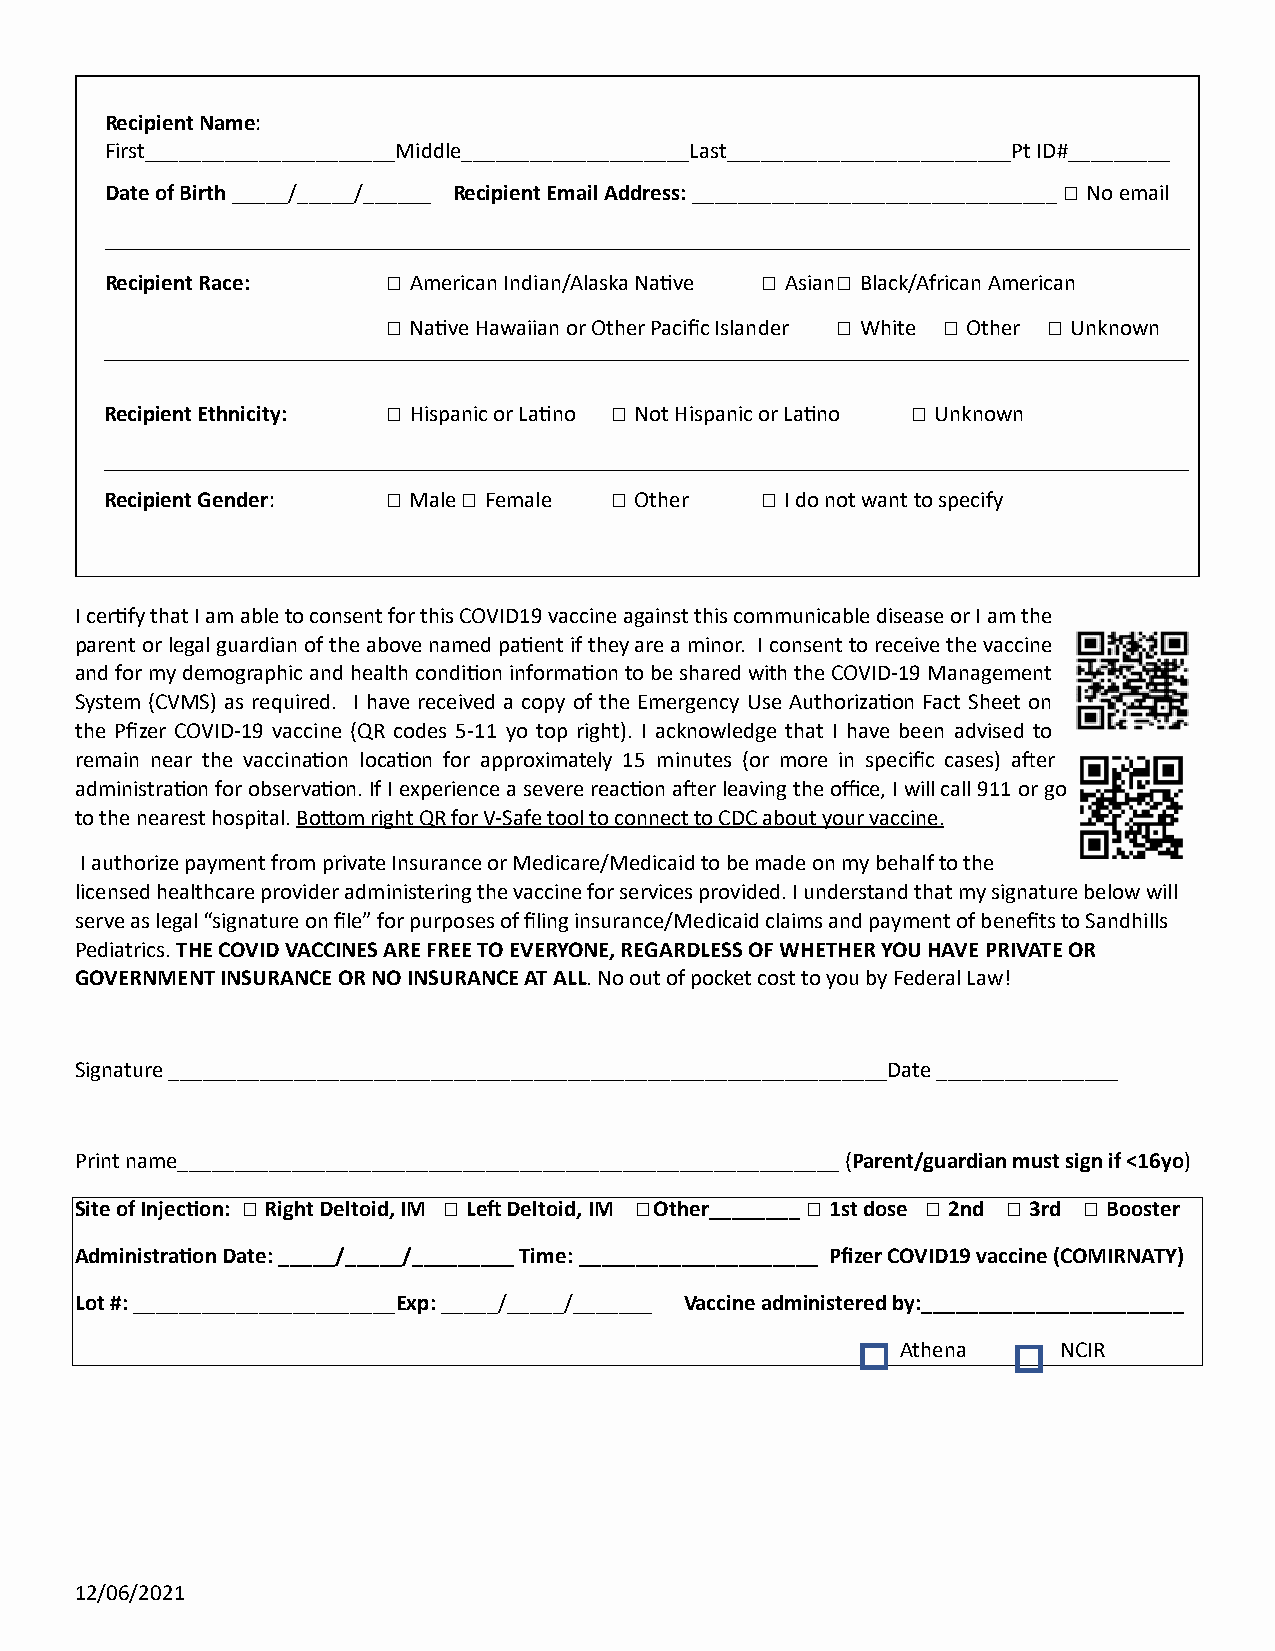
Recipient Name:
 First______________________Middle____________________Last_________________________Pt ID#_________
 Date of Birth _____/_____/______ Recipient Email Address: ________________________________ ☐ No email
 Recipient Race:    ☐ American Indian/Alaska Na&ve ☐ Asian ☐ Black/African American
 ☐ Na&ve Hawaiian or Other Pacific Islander ☐ White ☐ Other ☐ Unknown
 Recipient Ethnicity: ☐ Hispanic or La&no ☐ Not Hispanic or La&no ☐ Unknown
 Recipient Gender:  ☐ Male ☐ Female ☐ Other ☐ I do not want to specify
 I cer&fy that I am able to consent for this COVID19 vaccine against this communicable disease or I am the
 parent or legal guardian of the above named pa&ent if they are a minor. I consent to receive the vaccine
 and for my demographic and health condi&on informa&on to be shared with the COVID-19 Management
 System (CVMS) as required. I have received a copy of the Emergency Use Authoriza&on Fact Sheet on
 the Pfizer COVID-19 vaccine (QR codes 5-11 yo top right). I acknowledge that I have been advised to
 remain near the vaccina&on loca&on for approximately 15 minutes (or more in specific cases) aRer
 administra&on for observa&on. If I experience a severe reac&on aRer leaving the office, I will call 911 or go
 to the nearest hospital. BoVom right QR for V-Safe tool to connect to CDC about your vaccine.
 I authorize payment from private Insurance or Medicare/Medicaid to be made on my behalf to the
 licensed healthcare provider administering the vaccine for services provided. I understand that my signature below will
 serve as legal “signature on file” for purposes of filing insurance/Medicaid claims and payment of benefits to Sandhills
 Pediatrics. THE COVID VACCINES ARE FREE TO EVERYONE, REGARDLESS OF WHETHER YOU HAVE PRIVATE OR
 GOVERNMENT INSURANCE OR NO INSURANCE AT ALL. No out of pocket cost to you by Federal Law!
 Signature _______________________________________________________________Date ________________
 Print name__________________________________________________________ (Parent/guardian must sign if <16yo)
 Site of InjecKon: ☐ Right Deltoid, IM ☐ LeO Deltoid, IM ☐Other________ ☐ 1st dose ☐ 2nd ☐ 3rd ☐ Booster
 AdministraKon Date: _____/_____/_________ Time: _____________________ Pfizer COVID19 vaccine (COMIRNATY)
 Lot #: _______________________Exp: _____/_____/_______ Vaccine administered by:_______________________
 Athena    NCIR
 12/06/2021